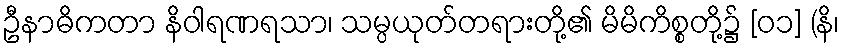
ဦနာဓိကတာ နိဝါရဏရသာ၊ သမ္ပယုတ်တရားတို့၏ မိမိကိစ္စတို့၌ [၀၁] (နိ၊